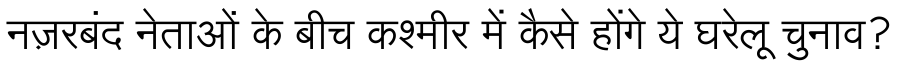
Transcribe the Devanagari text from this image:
नज़रबंद नेताओं के बीच कश्मीर में कैसे होंगे ये घरेलू चुनाव?